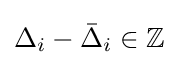
\Delta _{i}-{\bar {\Delta }}_{i}\in \mathbb {Z}